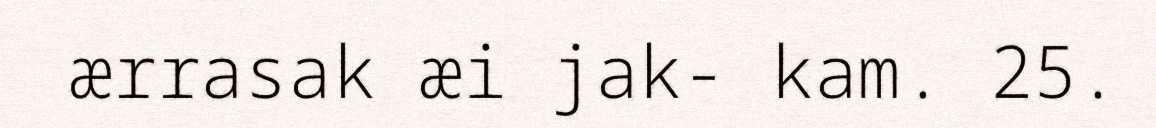
ærrasak æi jak- kam. 25.